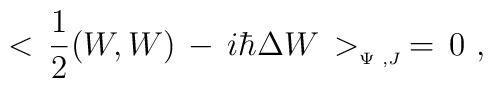
<\,{1\over 2}(W,W)\, - \, i\hbar\Delta W\,>_{_{\Psi\,\,,J}}\,=\,0\,\,,